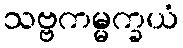
သဗ္ဗကမ္မက္ခယံ